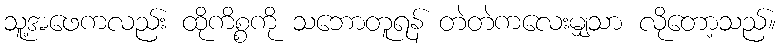
သူ့အဖေကလည်း ထိုကိစ္စကို သဘောတူရန် တဲတဲကလေးမျှသာ လိုတော့သည်။